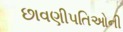
છાવણીપતિઓની